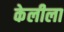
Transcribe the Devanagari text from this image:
केलीला